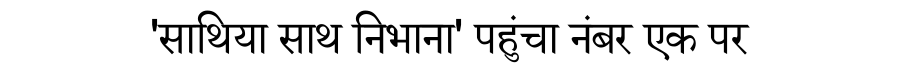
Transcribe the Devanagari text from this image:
'साथिया साथ निभाना' पहुंचा नंबर एक पर